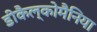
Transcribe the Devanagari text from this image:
डीकैल्कोमैनिया